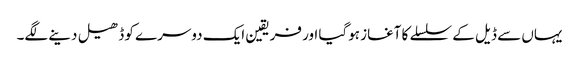
یہاں سے ڈیل کے سلسلے کا آغاز ہوگیا اور فریقین ایک دوسرے کو ڈھیل دینے لگے۔